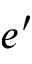
e ^ { \prime }